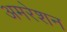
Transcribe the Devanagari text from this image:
अमरेशन